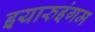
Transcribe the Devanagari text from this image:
इयारुइंगम